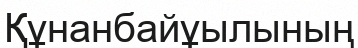
Құнанбайұылының